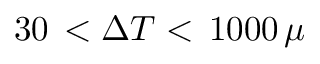
3 0 \, < \Delta T < \, 1 0 0 0 \, \mu